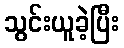
သွင်းယူခဲ့ပြီး